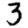
Digit: 3